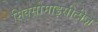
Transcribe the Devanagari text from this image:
मिक्सोमाइसीटीज़